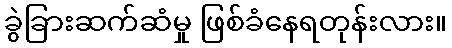
ခွဲခြားဆက်ဆံမှု ဖြစ်ခံနေရတုန်းလား။